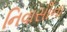
નિવાસીના